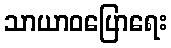
သာယာဝပြောရေး